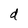
Character: d